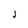
Character: J